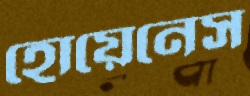
হোয়েনেস